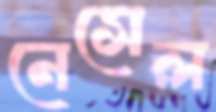
নেসেল